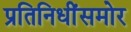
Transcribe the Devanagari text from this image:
प्रतिनिधींसमोर